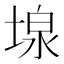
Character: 𡎏